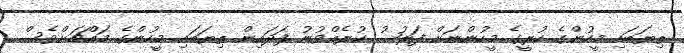
ތިޔަބައި މީހުންގެ ކުރީގެ މީހުންނަށް ފަރުޟު ކުރެއްވުނު ފަދައިން ތިޔަބައި މީހުންގެ މައްޗަށްވެސް